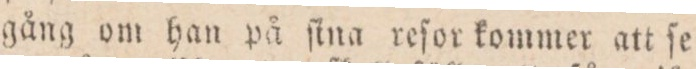
gång om han på ſtna reſor kommer att ſe